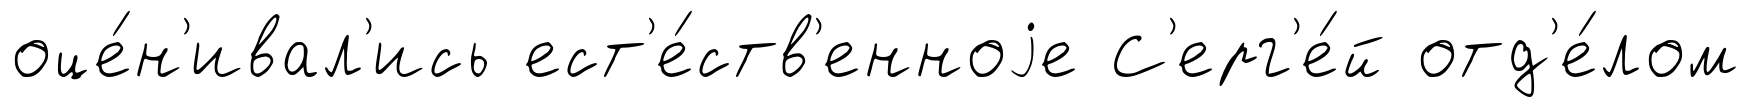
оце́н'ивал'ись ест'е́ств'енноjе С'ерг'е́й отд'е́лом